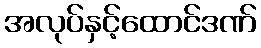
အလုပ်နှင့်ထောင်ဒဏ်